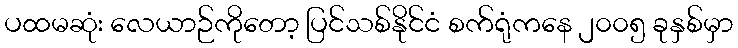
ပထမဆုံး လေယာဉ်ကိုတော့ ပြင်သစ်နိုင်ငံ စက်ရုံကနေ ၂၀၀၅ ခုနှစ်မှာ